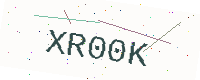
Text: XR00K